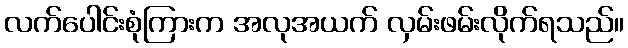
လက်ပေါင်းစုံကြားက အလုအယက် လှမ်းဖမ်းလိုက်ရသည်။